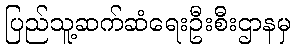
ပြည်သူ့ဆက်ဆံရေးဦးစီးဌာနမှ